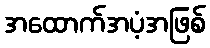
အထောက်အပံ့အဖြစ်